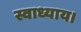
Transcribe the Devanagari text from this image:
स्वाध्याय।